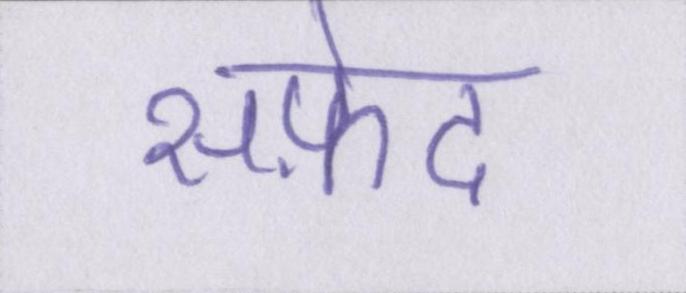
सफ़ेद